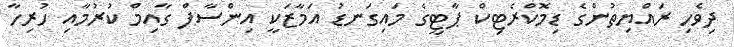
ދިވެހި ރައްޔިތުންގެ ޑިމޮކްރެޓިކް ޕާޓީގެ މައިގަނޑު އަމާޒަކީ އިންސާފް ގާއިމް ކުރުމާއި ހުރިހާ